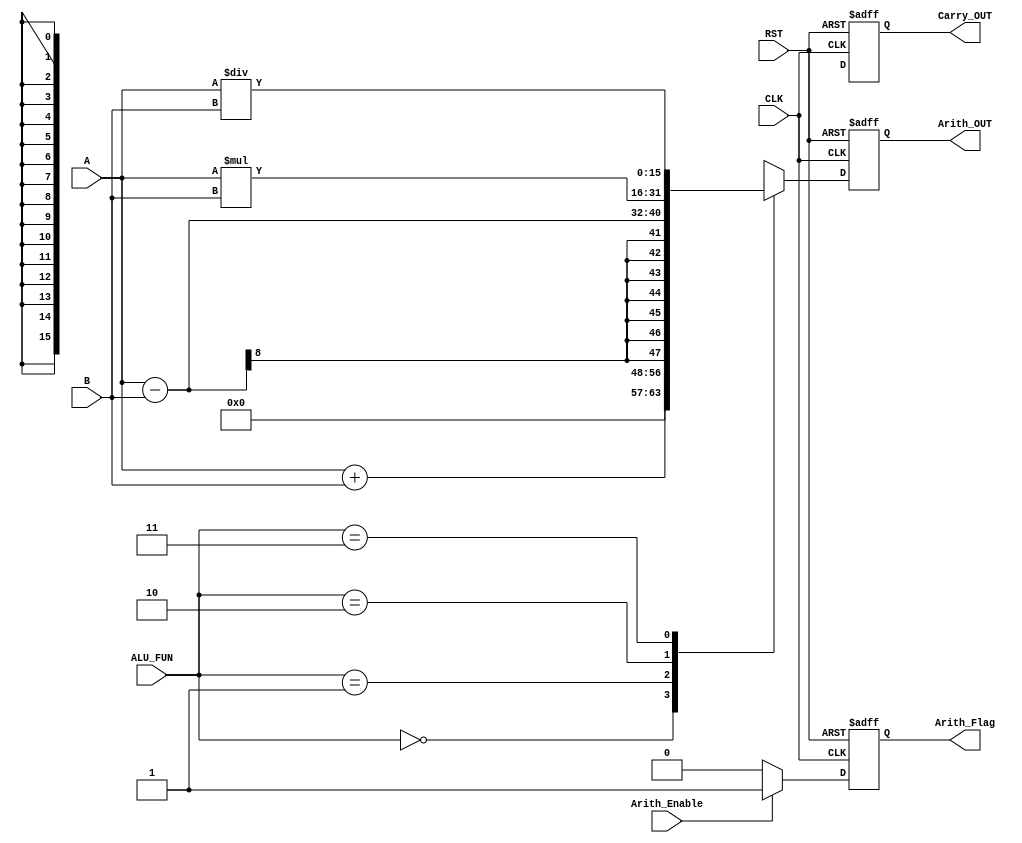
module Arithmatic_Unit #(
    parameter Width = 16
) (
    input wire [7:0]  A,B,
    input wire [1:0]        ALU_FUN,
    input wire              CLK,RST,Arith_Enable,
    output reg [Width-1:0]  Arith_OUT,
    output reg              Carry_OUT,Arith_Flag
);

reg [Width-1:0] Arith_OUT_Comb;
reg             Carry_OUT_Comb;

always @(*) 
begin
    {Carry_OUT_Comb, Arith_OUT_Comb} = 0;
    case (ALU_FUN)
        2'b00: 
        begin
            Arith_OUT_Comb = A+B;
            Carry_OUT_Comb = Arith_OUT_Comb[Width];
        end
        2'b01: 
        begin
             Arith_OUT_Comb = A-B;
             Carry_OUT_Comb = Arith_OUT_Comb[Width];
        end
        2'b10: 
        begin
             Arith_OUT_Comb = A*B;
             Carry_OUT_Comb = Arith_OUT_Comb[Width];
        end
        2'b11: 
        begin
             Arith_OUT_Comb = A/B;
             Carry_OUT_Comb = Arith_OUT_Comb[Width];
        end
        default: 
        begin
            Arith_OUT_Comb = 0;
            Carry_OUT_Comb = Arith_OUT_Comb[Width];
        end
    endcase
    
end

always @(posedge CLK or negedge RST) 
begin
    if (!RST) 
    begin
        Arith_OUT <= 0;
        Carry_OUT <= 0;
        Arith_Flag <= 1'b0;
    end
    else if (Arith_Enable)
    begin
        Arith_OUT <= Arith_OUT_Comb;
        Carry_OUT <= Carry_OUT_Comb;
        Arith_Flag <= 1'b1;
    end
    else
    begin
        Arith_OUT <= Arith_OUT_Comb;
        Carry_OUT <= Carry_OUT_Comb;
        Arith_Flag <= 1'b0;
    end
end
    
endmodule